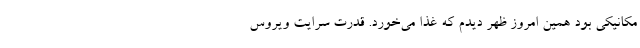
مکانیکی بود همین امروز ظهر دیدم که غذا می‌خورد. قدرت سرایت ویروس